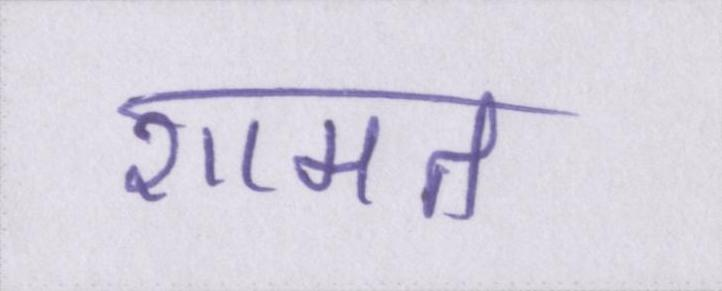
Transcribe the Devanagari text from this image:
शामत